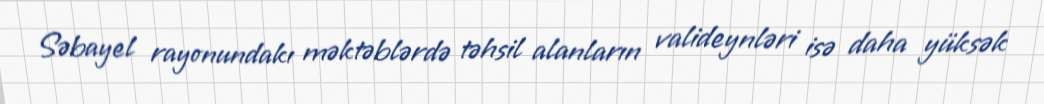
Səbayel rayonundakı məktəblərdə təhsil alanların valideynləri isə daha yüksək